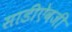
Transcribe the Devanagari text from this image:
साडीऐवजी